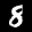
Label: 8